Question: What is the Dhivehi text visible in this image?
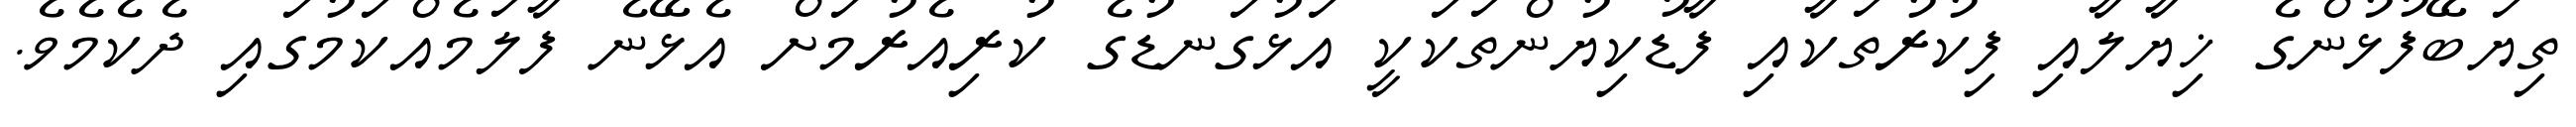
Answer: ތިޔަބޭފުޅުންގެ ޚިޔާލާއި ފިކުރުތަކާއި ފާޑުކިޔުންތަކަކީ އަޅުގަނޑުގެ ކުރިއެރުމަށް އެޅޭނެ ފާލަމެއްކަމުގައި ދެކެމެވެ.